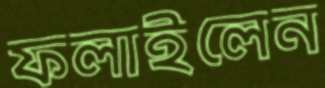
ফলাইলেন